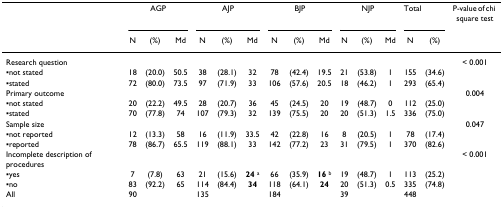
<table><thead><tr><td></td><td colspan="3"><b>AGP</b></td><td colspan="3"><b>AJP</b></td><td colspan="3"><b>BJP</b></td><td colspan="3"><b>NJP</b></td><td colspan="2"><b>Total</b></td><td><b>P-value of chi square test</b></td></tr><tr><td></td><td><b>N</b></td><td><b>(%)</b></td><td><b>Md</b></td><td><b>N</b></td><td><b>(%)</b></td><td><b>Md</b></td><td><b>N</b></td><td><b>(%)</b></td><td><b>Md</b></td><td><b>N</b></td><td><b>(%)</b></td><td><b>Md</b></td><td><b>N</b></td><td><b>(%)</b></td><td></td></tr></thead><tbody><tr><td>Research question</td><td></td><td></td><td></td><td></td><td></td><td></td><td></td><td></td><td></td><td></td><td></td><td></td><td></td><td></td><td>&lt; 0.001</td></tr><tr><td>▪not stated</td><td>18</td><td>(20.0)</td><td>50.5</td><td>38</td><td>(28.1)</td><td>32</td><td>78</td><td>(42.4)</td><td>19.5</td><td>21</td><td>(53.8)</td><td>1</td><td>155</td><td>(34.6)</td><td></td></tr><tr><td>▪stated</td><td>72</td><td>(80.0)</td><td>73.5</td><td>97</td><td>(71.9)</td><td>33</td><td>106</td><td>(57.6)</td><td>20.5</td><td>18</td><td>(46.2)</td><td>1</td><td>293</td><td>(65.4)</td><td></td></tr><tr><td>Primary outcome</td><td></td><td></td><td></td><td></td><td></td><td></td><td></td><td></td><td></td><td></td><td></td><td></td><td></td><td></td><td>0.004</td></tr><tr><td>▪not stated</td><td>20</td><td>(22.2)</td><td>49.5</td><td>28</td><td>(20.7)</td><td>36</td><td>45</td><td>(24.5)</td><td>20</td><td>19</td><td>(48.7)</td><td>0</td><td>112</td><td>(25.0)</td><td></td></tr><tr><td>▪stated</td><td>70</td><td>(77.8)</td><td>74</td><td>107</td><td>(79.3)</td><td>32</td><td>139</td><td>(75.5)</td><td>20</td><td>20</td><td>(51.3)</td><td>1.5</td><td>336</td><td>(75.0)</td><td></td></tr><tr><td>Sample size</td><td></td><td></td><td></td><td></td><td></td><td></td><td></td><td></td><td></td><td></td><td></td><td></td><td></td><td></td><td>0.047</td></tr><tr><td>▪not reported</td><td>12</td><td>(13.3)</td><td>58</td><td>16</td><td>(11.9)</td><td>33.5</td><td>42</td><td>(22.8)</td><td>16</td><td>8</td><td>(20.5)</td><td>1</td><td>78</td><td>(17.4)</td><td></td></tr><tr><td>▪reported</td><td>78</td><td>(86.7)</td><td>65.5</td><td>119</td><td>(88.1)</td><td>33</td><td>142</td><td>(77.2)</td><td>23</td><td>31</td><td>(79.5)</td><td>1</td><td>370</td><td>(82.6)</td><td></td></tr><tr><td>Incomplete description of procedures</td><td></td><td></td><td></td><td></td><td></td><td></td><td></td><td></td><td></td><td></td><td></td><td></td><td></td><td></td><td>&lt; 0.001</td></tr><tr><td>▪yes</td><td>7</td><td>(7.8)</td><td>63</td><td>21</td><td>(15.6)</td><td><b>24 </b><sup>a</sup></td><td>66</td><td>(35.9)</td><td><b>16 </b><sup>b</sup></td><td>19</td><td>(48.7)</td><td>1</td><td>113</td><td>(25.2)</td><td></td></tr><tr><td>▪no</td><td>83</td><td>(92.2)</td><td>65</td><td>114</td><td>(84.4)</td><td><b>34</b></td><td>118</td><td>(64.1)</td><td><b>24</b></td><td>20</td><td>(51.3)</td><td>0.5</td><td>335</td><td>(74.8)</td><td></td></tr><tr><td>All</td><td>90</td><td></td><td></td><td>135</td><td></td><td></td><td>184</td><td></td><td></td><td>39</td><td></td><td></td><td>448</td><td></td><td></td></tr></tbody></table>